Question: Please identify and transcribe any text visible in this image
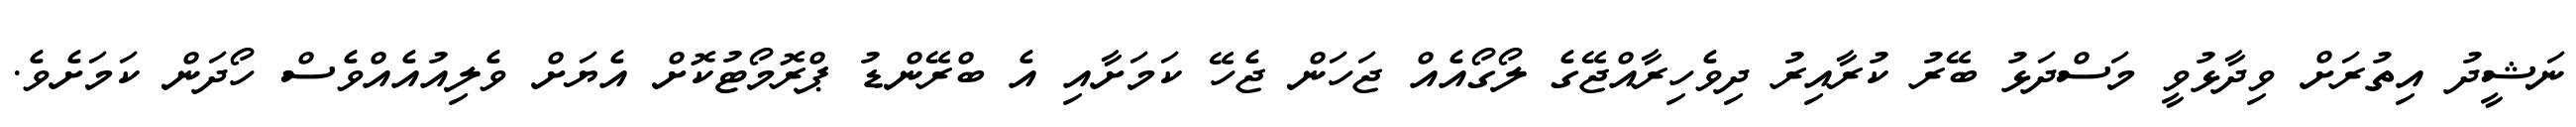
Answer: ނަޝީދު އިތުރަށް ވިދާޅުވީ މަސްދަޅު ބޭރު ކުރާއިރު ދިވެހިރާއްޖޭގެ ލޯގޯއެއް ޖަހަން ޖެހޭ ކަމަށާއި އެ ބްރޭންޑު ޕްރޮމޯޓުކޮށް އެޔަށް ވެލިއުއެއްވެސް ހޯދަން ކަމަށެވެ.